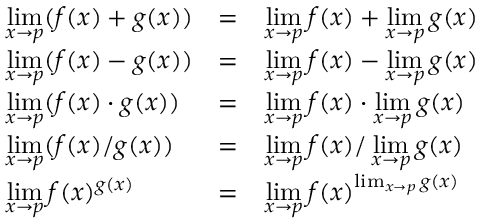
{ \begin{array} { l c l } { \displaystyle \operatorname* { l i m } _ { x \to p } ( f ( x ) + g ( x ) ) } & { = } & { \displaystyle \operatorname* { l i m } _ { x \to p } f ( x ) + \operatorname* { l i m } _ { x \to p } g ( x ) } \\ { \displaystyle \operatorname* { l i m } _ { x \to p } ( f ( x ) - g ( x ) ) } & { = } & { \displaystyle \operatorname* { l i m } _ { x \to p } f ( x ) - \operatorname* { l i m } _ { x \to p } g ( x ) } \\ { \displaystyle \operatorname* { l i m } _ { x \to p } ( f ( x ) \cdot g ( x ) ) } & { = } & { \displaystyle \operatorname* { l i m } _ { x \to p } f ( x ) \cdot \operatorname* { l i m } _ { x \to p } g ( x ) } \\ { \displaystyle \operatorname* { l i m } _ { x \to p } ( f ( x ) / g ( x ) ) } & { = } & { \displaystyle { \operatorname* { l i m } _ { x \to p } f ( x ) / \operatorname* { l i m } _ { x \to p } g ( x ) } } \\ { \displaystyle \operatorname* { l i m } _ { x \to p } f ( x ) ^ { g ( x ) } } & { = } & { \displaystyle { \operatorname* { l i m } _ { x \to p } f ( x ) ^ { \operatorname* { l i m } _ { x \to p } g ( x ) } } } \end{array} }